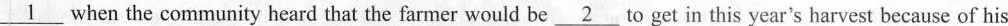
\underline{1}when the community heard that the farmer would be \underline{2} to get in this year's harvest because of his